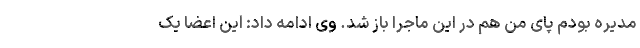
مدیره بودم پای من هم در این ماجرا باز شد. وی ادامه داد: این اعضا یک